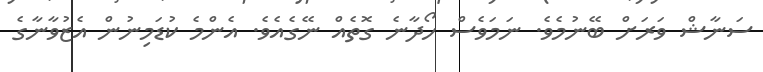
ސަނާޝް ވަރަށް ބޭނުމެވެ. ނަމަވެސް ހޯދާނެ ގޮތެއް ނޭގެއެވެ. އެންމެ ކުޑަމިނުން އެޒުވާނާގެ